Civil Veterinary Dept. Bombay admin report 1923-31 - 1923-1931
Year: 1923
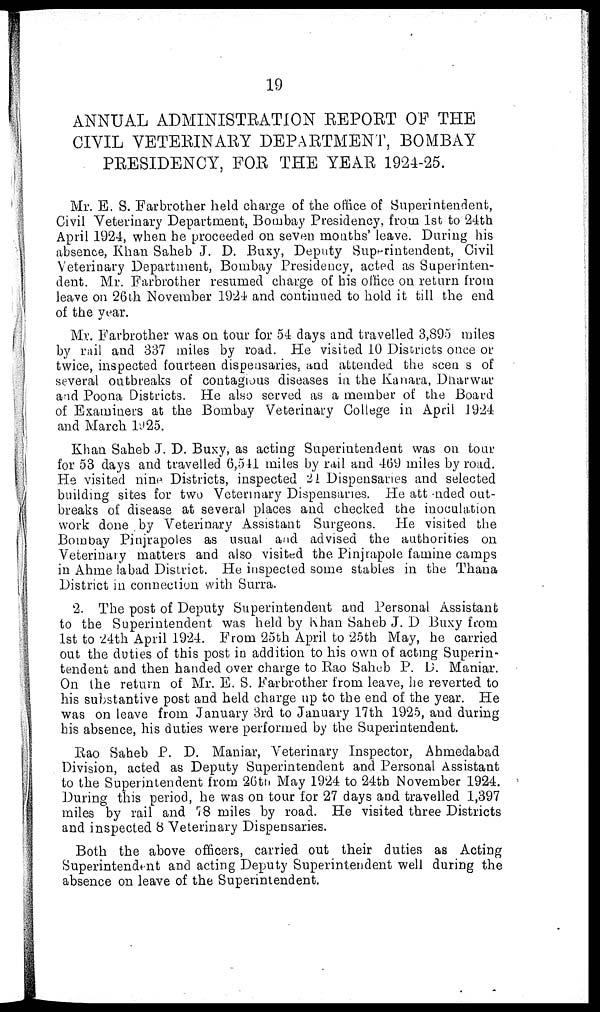
19
ANNUAL ADMINISTRATION REPORT OF THE
CIVIL VETERINARY DEPARTMENT, BOMBAY
PRESIDENCY, FOR THE YEAR 1924-25.
Mr. E. S. Farbrother held charge of the office of Superintendent,
Civil Veterinary Department, Bombay Presidency, from 1st to 24th
April 1924, when he proceeded on seven months' leave. Daring his
absence, Khan Saheb J. D. Buxy, Deputy Superintendent, Civil
Veterinary Department, Bombay Presidency, acted as Superinten-
dent. Mr. Farbrother resumed charge of his office on return from
leave on 26th November 1924 and continued to hold it till the end
of the year.
Mr. Farbrother was on tour for 54 days and travelled 3,895 miles
by rail and 337 miles by road. He visited 10 Districts once or
twice, inspected fourteen dispensaries, and attended the seen s of
several outbreaks of contagious diseases in the Kanara, Dharwar
and Poona Districts. He also served as a member of the Board
of Examiners at the Bombay Veterinary College in April 1924
and March 1925.
Khan Saheb J. D. Buxy, as acting Superintendent was on tour
for 53 days and travelled 6,511 miles by rail and 469 miles by road.
He visited nine Districts, inspected 21 Dispensaries and selected
building sites for two Veterinary Dispensaries. He attended out-
breaks of disease at several places and checked the inoculation
work done by Veterinary Assistant Surgeons. He visited the
Bombay Pinjrapoles as usual and advised the authorities on
Veterinary matters and also visited the Pinjrapole famine camps
in Ahmelabad District. He inspected some stables in the Thana
District in connection with Surra.
2. The post of Deputy Superintendent and Personal Assistant
to the Superintendent was held by Khan Saheb J. D Buxy from
1st to 24th April 1924. From 25th April to 25th May, he carried
out the duties of this post in addition to his own of acting Superin-
tendent and then handed over charge to Rao Saheb P. D. Maniar.
On the return of Mr. E. S. Farbrother from leave, he reverted to
his substantive post and held charge up to the end of the year. He
was on leave from January 3rd to January 17th 1925, and during
his absence, his duties were performed by the Superintendent.
Rao Saheb P. D. Maniar, Veterinary Inspector, Ahmedabad
Division, acted as Deputy Superintendent and Personal Assistant
to the Superintendent from 26th May 1924 to 24th November 1924.
During this period, he was on tour for 27 days and travelled 1,397
miles by rail and 78 miles by road. He visited three Districts
and inspected 8 Veterinary Dispensaries.
Both the above officers, carried out their duties as Acting
Superintendent and acting Deputy Superintendent well during the
absence on leave of the Superintendent.